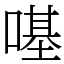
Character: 𠼻